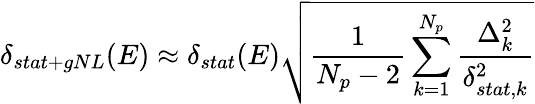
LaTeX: \delta_{stat+gNL}(E)\approx\delta_{stat}(E)\sqrt{\frac{1}{N_{p}-2}\sum_{k=1}^{N_{p}}\frac{\Delta_{k}^{2}}{\delta_{stat,k}^{2}}}